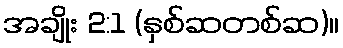
အချိုး 2:1 (နှစ်ဆတစ်ဆ)။